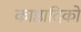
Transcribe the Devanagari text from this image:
काष्ठादिकों